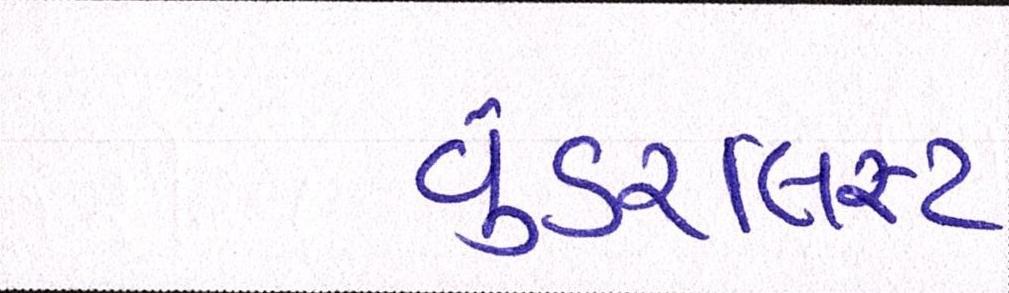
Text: વુંડરલિસ્ટ